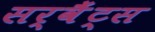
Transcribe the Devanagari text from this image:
सर्वैंट्स